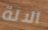
الالة